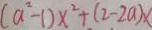
( a ^ { 2 } - 1 ) x ^ { 2 } + ( 2 - 2 a ) X